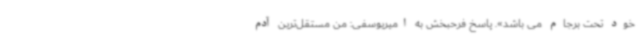
خود تحت برجام می باشد». پاسخ فرحبخش به امیریوسفی: من مستقل‌ترین آدم